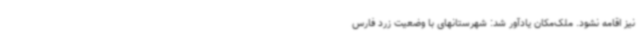
نیز اقامه نشود. ملک‌مکان یادآور شد: شهرستانهای با وضعیت زرد فارس